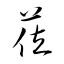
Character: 莅